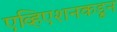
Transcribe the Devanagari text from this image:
एव्हिएशनकडून